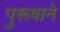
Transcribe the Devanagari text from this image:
पुरूषाने